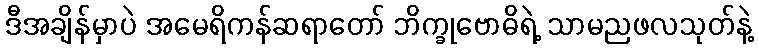
ဒီအချိန်မှာပဲ အမေရိကန်ဆရာတော် ဘိက္ခုဗောဓိရဲ့ သာမညဖလသုတ်နဲ့